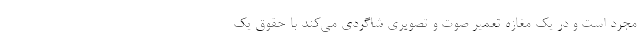
مجرد است و در یک مغازه تعمیر صوت و تصویری شاگردی می‌کند با حقوق یک‌